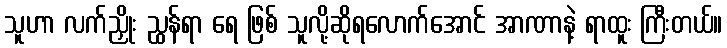
သူဟာ လက်ညှိုး ညွှန်ရာ ရေ ဖြစ် သူလို့ဆိုရလောက်အောင် အာဏာနဲ့ ရာထူး ကြီးတယ်။